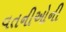
વતનીઓની